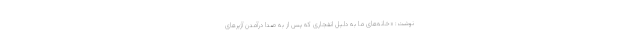
نوشت: «خانه‌های ما به دلیل انفجاری که پس از به صدا درآمدن آژیرهای